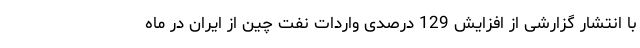
با انتشار گزارشی از افزایش 129 درصدی واردات نفت چین از ایران در ماه